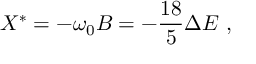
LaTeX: X ^ { * } = - \omega _ { 0 } B = - \frac { 1 8 } { 5 } \Delta E \ ,